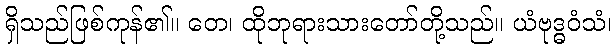
ရှိသည်ဖြစ်ကုန်၏။ တေ၊ ထိုဘုရားသားတော်တို့သည်။ ယံဗုဒ္ဓဝံသံ၊